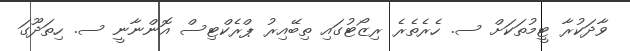
ވާދަކުރާ ޓީމުތަކަށް ސ. ހެރެތެރެ ރިޒޯޓުގައި ތިބޭއިރު ޕްރެކްޓިސް އޮންނާނީ ސ. ހިތަދޫގަ